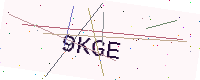
Text: 9KGE